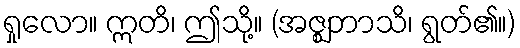
ရှုလော။ ဣတိ၊ ဤသို့။ (အဇ္ဈဘာသိ၊ ရွတ်၏။)